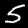
Label: 5